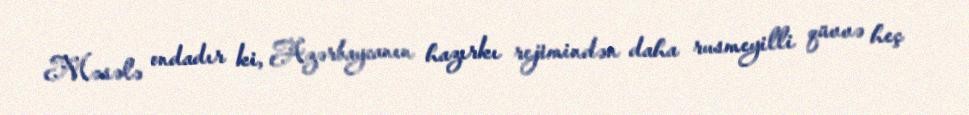
Məsələ ondadır ki, Azərbaycanın hazırkı rejimindən daha rusmeyilli qüvvə heç